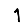
Digit: 1